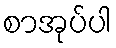
စာအုပ်ပါ